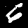
Digit: 6